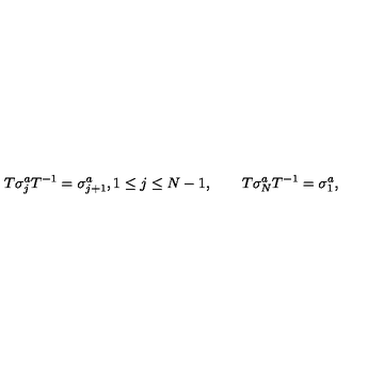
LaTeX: T \sigma _ { j } ^ { a } T ^ { - 1 } = \sigma _ { j + 1 } ^ { a } , 1 \le j \le N - 1 , \qquad T \sigma _ { N } ^ { a } T ^ { - 1 } = \sigma _ { 1 } ^ { a } ,